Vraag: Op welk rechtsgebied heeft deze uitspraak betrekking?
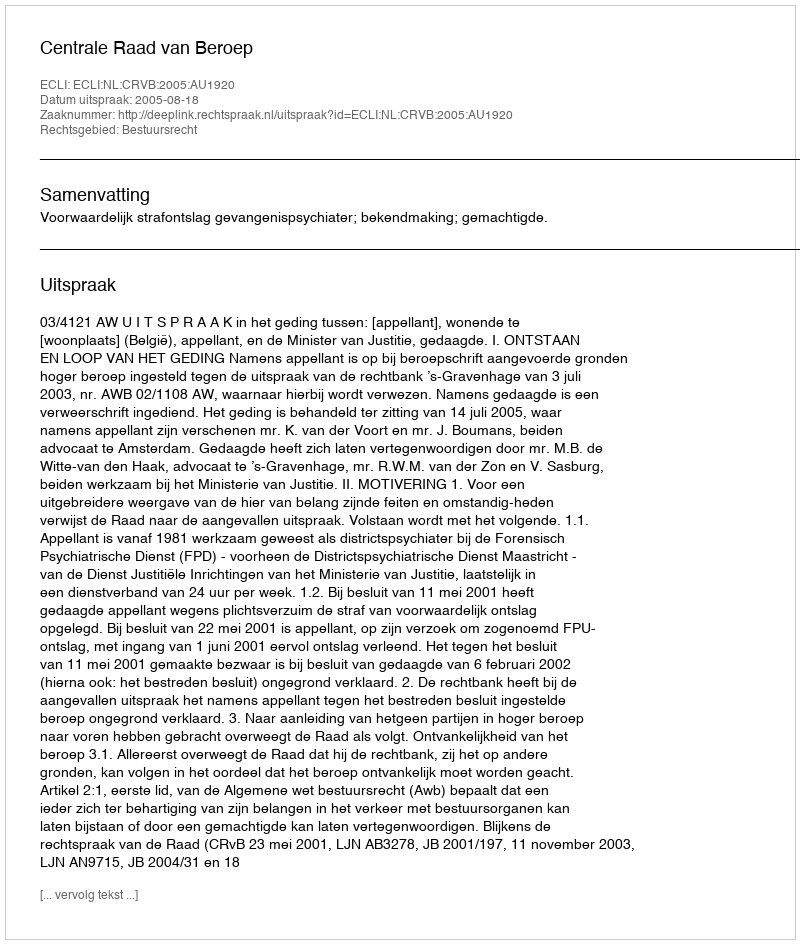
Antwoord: Bestuursrecht